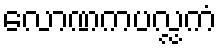
လောဏကပလ္လကံ